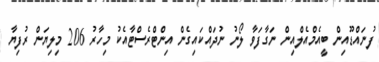
ފުނައްޑޫއިން ބީއެމްއެލްއިން ނަގާފަވާ ލޯނު ނުދައްކައިގެން އިންޓްރެސްޓާއެކު މިހާރު 206 މިލިޔަން ރުފިޔާ